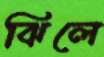
ঝিলে